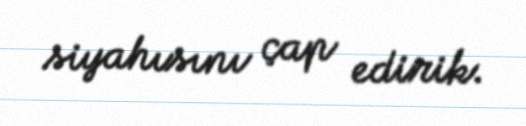
siyahısını çap edirik.